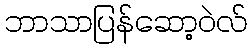
ဘာသာပြန်ဆော့ဝဲလ်